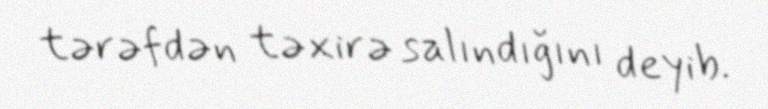
tərəfdən təxirə salındığını deyib.